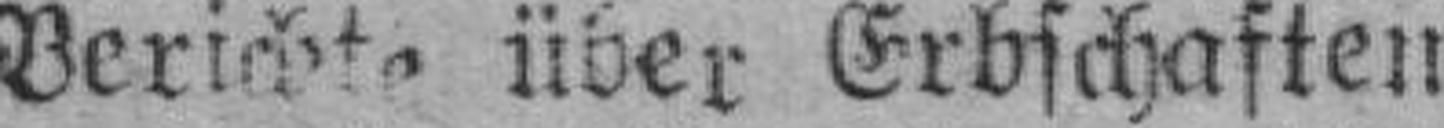
Berichte über Erbschaften